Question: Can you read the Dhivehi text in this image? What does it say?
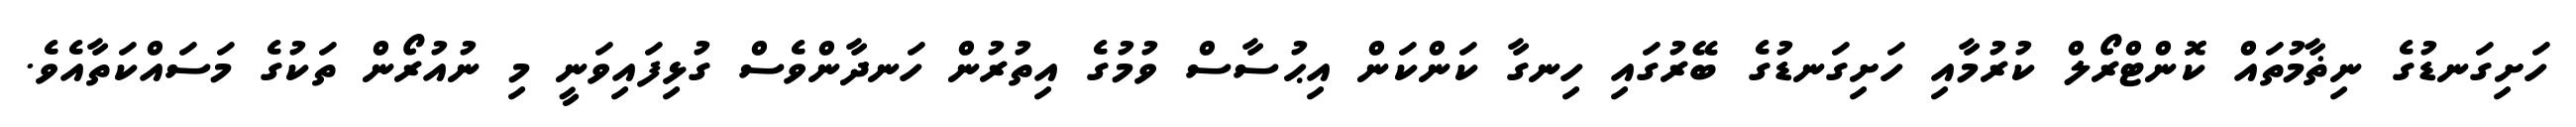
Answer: ހަށިގަނޑުގެ ނިޡާމުތައް ކޮންޓްރޯލް ކުރުމާއި ހަށިގަނޑުގެ ބޭރުގައި ހިނގާ ކަންކަން އިޙުސާސް ވުމުގެ އިތުރުން ހަނދާންވެސް ގުޅިފައިވަނީ މި ނުއުރޯން ތަކުގެ މަސައްކަތާއެވެ.